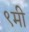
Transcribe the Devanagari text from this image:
९मी